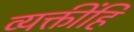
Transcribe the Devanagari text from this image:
व्यक्तींहि